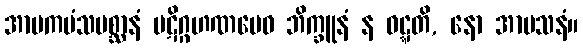
အာမကမံသမစ္ဆာနံ ပဋိဂ္ဂဟဏမေဝ ဘိက္ခူနံ န ဝဋ္ဋတိ, နော အာမသနံ။